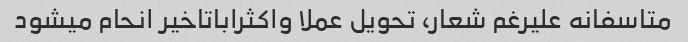
متاسفانه علیرغم شعار، تحویل عملا واکثراباتاخیر انحام میشود